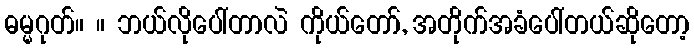
ဓမ္မဂုတ်။ ။ ဘယ်လိုပေါ်တာလဲ ကိုယ်တော်, အတိုက်အခံပေါ်တယ်ဆိုတော့